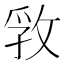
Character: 𰕊